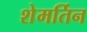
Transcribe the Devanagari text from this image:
शेमर्तिन